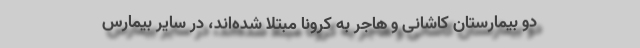
دو بیمارستان کاشانی و هاجر به کرونا مبتلا شده‌اند، در سایر بیمارس